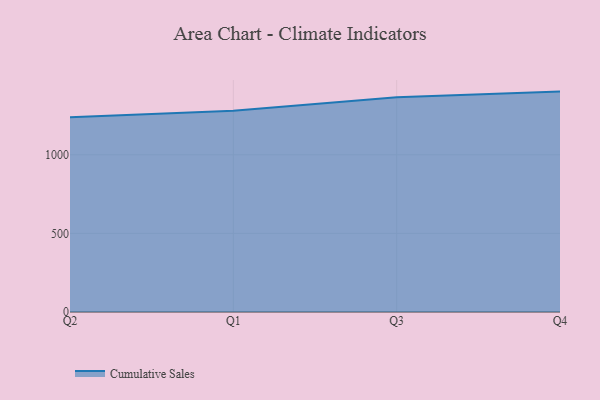
{"axis": {"x": "Quarter", "y": "Energy Usage (MWh)"}, "legend": ["Cumulative Sales"], "data": [{"x": "Q2", "y": 1239.6, "type": "Cumulative Sales"}, {"x": "Q1", "y": 1279.8, "type": "Cumulative Sales"}, {"x": "Q3", "y": 1366.3, "type": "Cumulative Sales"}, {"x": "Q4", "y": 1402.1, "type": "Cumulative Sales"}]}